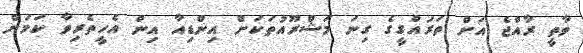
ވާތީ ރާއްޖެ އަށް ތަރައްގީގެ ގިނަ މަޝްރޫއުތަކަށް އިންޑިއާ އިން އެހީތެރިވާ ކަމަށް